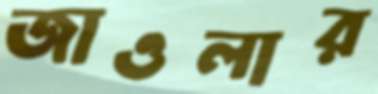
জাওলার